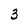
Character: 3